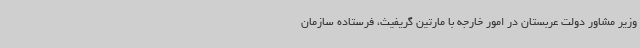
وزیر مشاور دولت عربستان در امور خارجه با مارتین گریفیث، فرستاده سازمان